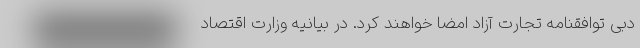
دبی توافقنامه تجارت آزاد امضا خواهند کرد. در بیانیه وزارت اقتصاد